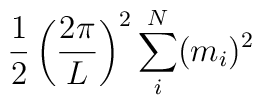
{1 \over 2} \left( {2 \pi \over L } \right)^2\sum_i^N  (m_i)^2